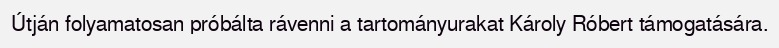
Útján folyamatosan próbálta rávenni a tartományurakat Károly Róbert támogatására.